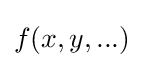
f(x,y,...)